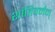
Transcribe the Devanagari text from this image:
शांतिवर्मन्